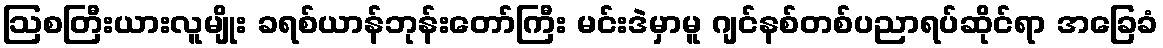
ဩစတြီးယားလူမျိုး ခရစ်ယာန်ဘုန်းတော်ကြီး မင်းဒဲမှာမူ ဂျင်နစ်တစ်ပညာရပ်ဆိုင်ရာ အခြေခံ